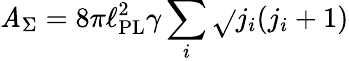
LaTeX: \mathit{A}_{\Sigma}=8\pi\ell_{\mathrm{{PL}}}^{2}\gamma\sum_{i}{\sqrt{}{{j_{i}(j_{i}+1)}}}